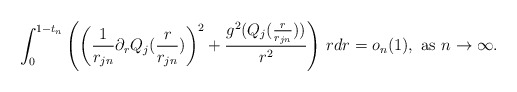
\begin{align*}\int_0^{1-t_n}\left(\left(\frac{1}{r_{jn}}\partial_rQ_j(\frac{r}{r_{jn}})\right)^2+\frac{g^2(Q_j(\frac{r}{r_{jn}}))}{r^2}\right)\,rdr=o_n(1),\,\,{\rm as}\,\,n\to\infty.\end{align*}